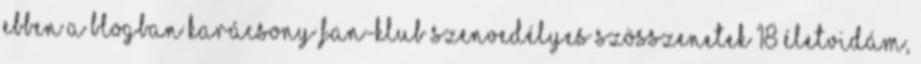
ebben a blogban Karácsony Fan-klub Szenvedélyes szösszenetek 18 Életvidám,